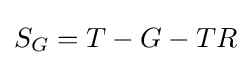
S_{G}=T-G-TR